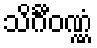
သိင်္ဂီဝဏ္ဏံ